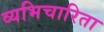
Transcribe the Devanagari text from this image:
व्यभिचारिता